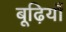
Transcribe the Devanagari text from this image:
बूढ़ियाँ